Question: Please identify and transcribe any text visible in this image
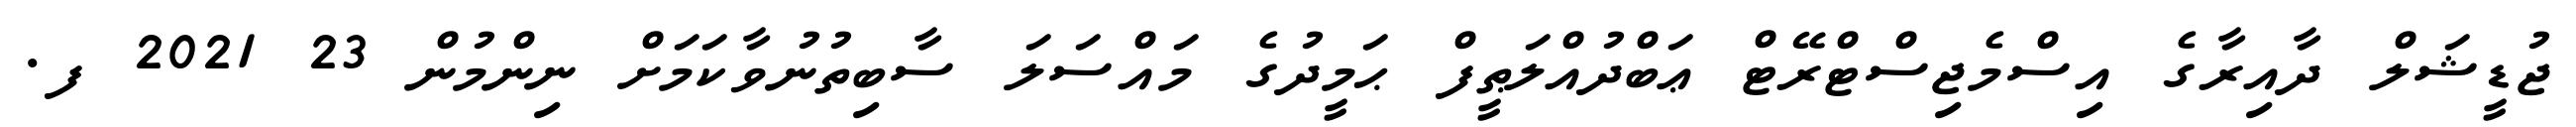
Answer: ޖުޑީޝަލް ދާއިރާގެ އިސްމެޖިސްޓްރޭޓް ޢަބްދުއްލަޠީފް ޙަމީދުގެ މައްސަލަ ސާބިތުނުވާކަމަށް ނިންމުން 23 2021 ފ.